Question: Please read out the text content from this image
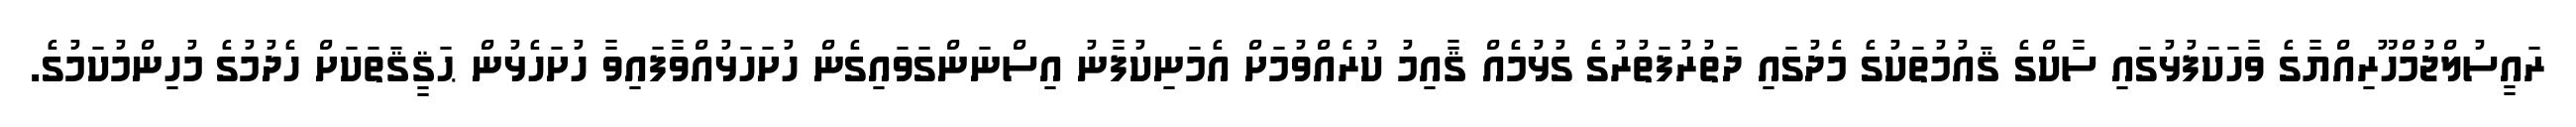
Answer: ރައީސުލްޖުމްހޫރިއްޔާގެ ވާހަކަފުޅުގައި ސާކްގެ ޤައުމުތަކުގެ މެދުގައި ދަތުރުފަތުރުގެ ގުޅުމެއް ޤާއިމު ކުރެއްވުމަށް އެމަނިކުފާނު އިސްނަންގަވައިގެން ހުށަހަޅުއްވާފައިވާ ހުށަހެޅުން ޙަޤީޤަތަކަށް ހެދުމުގެ މުހިންމުކަމުގެ.